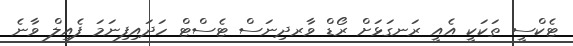
ޓެކްސީ ތަކަކީ އެއީ ރަނގަޅަށް ރޯޑް ވާރދިނަސް ޓެސްޓް ހަދައިފިނަމަ ފެއިލް ވާނެ